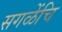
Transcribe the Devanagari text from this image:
सगळेंचि